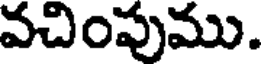
వచింపుము.